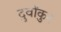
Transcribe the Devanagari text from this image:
दुर्वांकुर